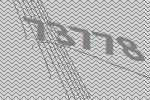
73778